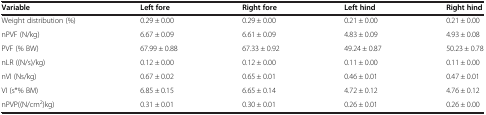
<table><thead><tr><td><b>Variable</b></td><td><b>Left fore</b></td><td><b>Right fore</b></td><td><b>Left hind</b></td><td><b>Right hind</b></td></tr></thead><tbody><tr><td>Weight distribution (%)</td><td>0.29 ± 0.00</td><td>0.29 ± 0.00</td><td>0.21 ± 0.00</td><td>0.21 ± 0.00</td></tr><tr><td>nPVF (N/kg)</td><td>6.67 ± 0.09</td><td>6.61 ± 0.09</td><td>4.83 ± 0.09</td><td>4.93 ± 0.08</td></tr><tr><td>PVF (% BW)</td><td>67.99 ± 0.88</td><td>67.33 ± 0.92</td><td>49.24 ± 0.87</td><td>50.23 ± 0.78</td></tr><tr><td>nLR ((N/s)/kg)</td><td>0.12 ± 0.00</td><td>0.12 ± 0.00</td><td>0.11 ± 0.00</td><td>0.11 ± 0.00</td></tr><tr><td>nVI (Ns/kg)</td><td>0.67 ± 0.02</td><td>0.65 ± 0.01</td><td>0.46 ± 0.01</td><td>0.47 ± 0.01</td></tr><tr><td>VI (s*% BM)</td><td>6.85 ± 0.15</td><td>6.65 ± 0.14</td><td>4.72 ± 0.12</td><td>4.76 ± 0.12</td></tr><tr><td>nPVP((N/cm<sup>2</sup>)kg)</td><td>0.31 ± 0.01</td><td>0.30 ± 0.01</td><td>0.26 ± 0.01</td><td>0.26 ± 0.00</td></tr></tbody></table>